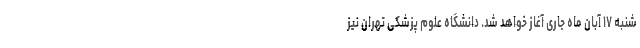
شنبه ۱۷ آبان ماه جاری آغاز خواهد شد. دانشگاه علوم پزشکی تهران نیز